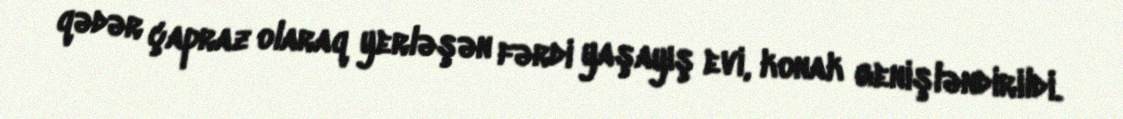
qədər çapraz olaraq yerləşən fərdi yaşayış evi, konak genişləndirildi.